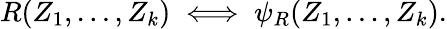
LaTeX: R(Z_{1},\dots,Z_{k})\iff\psi_{R}(Z_{1},\dots,Z_{k}).